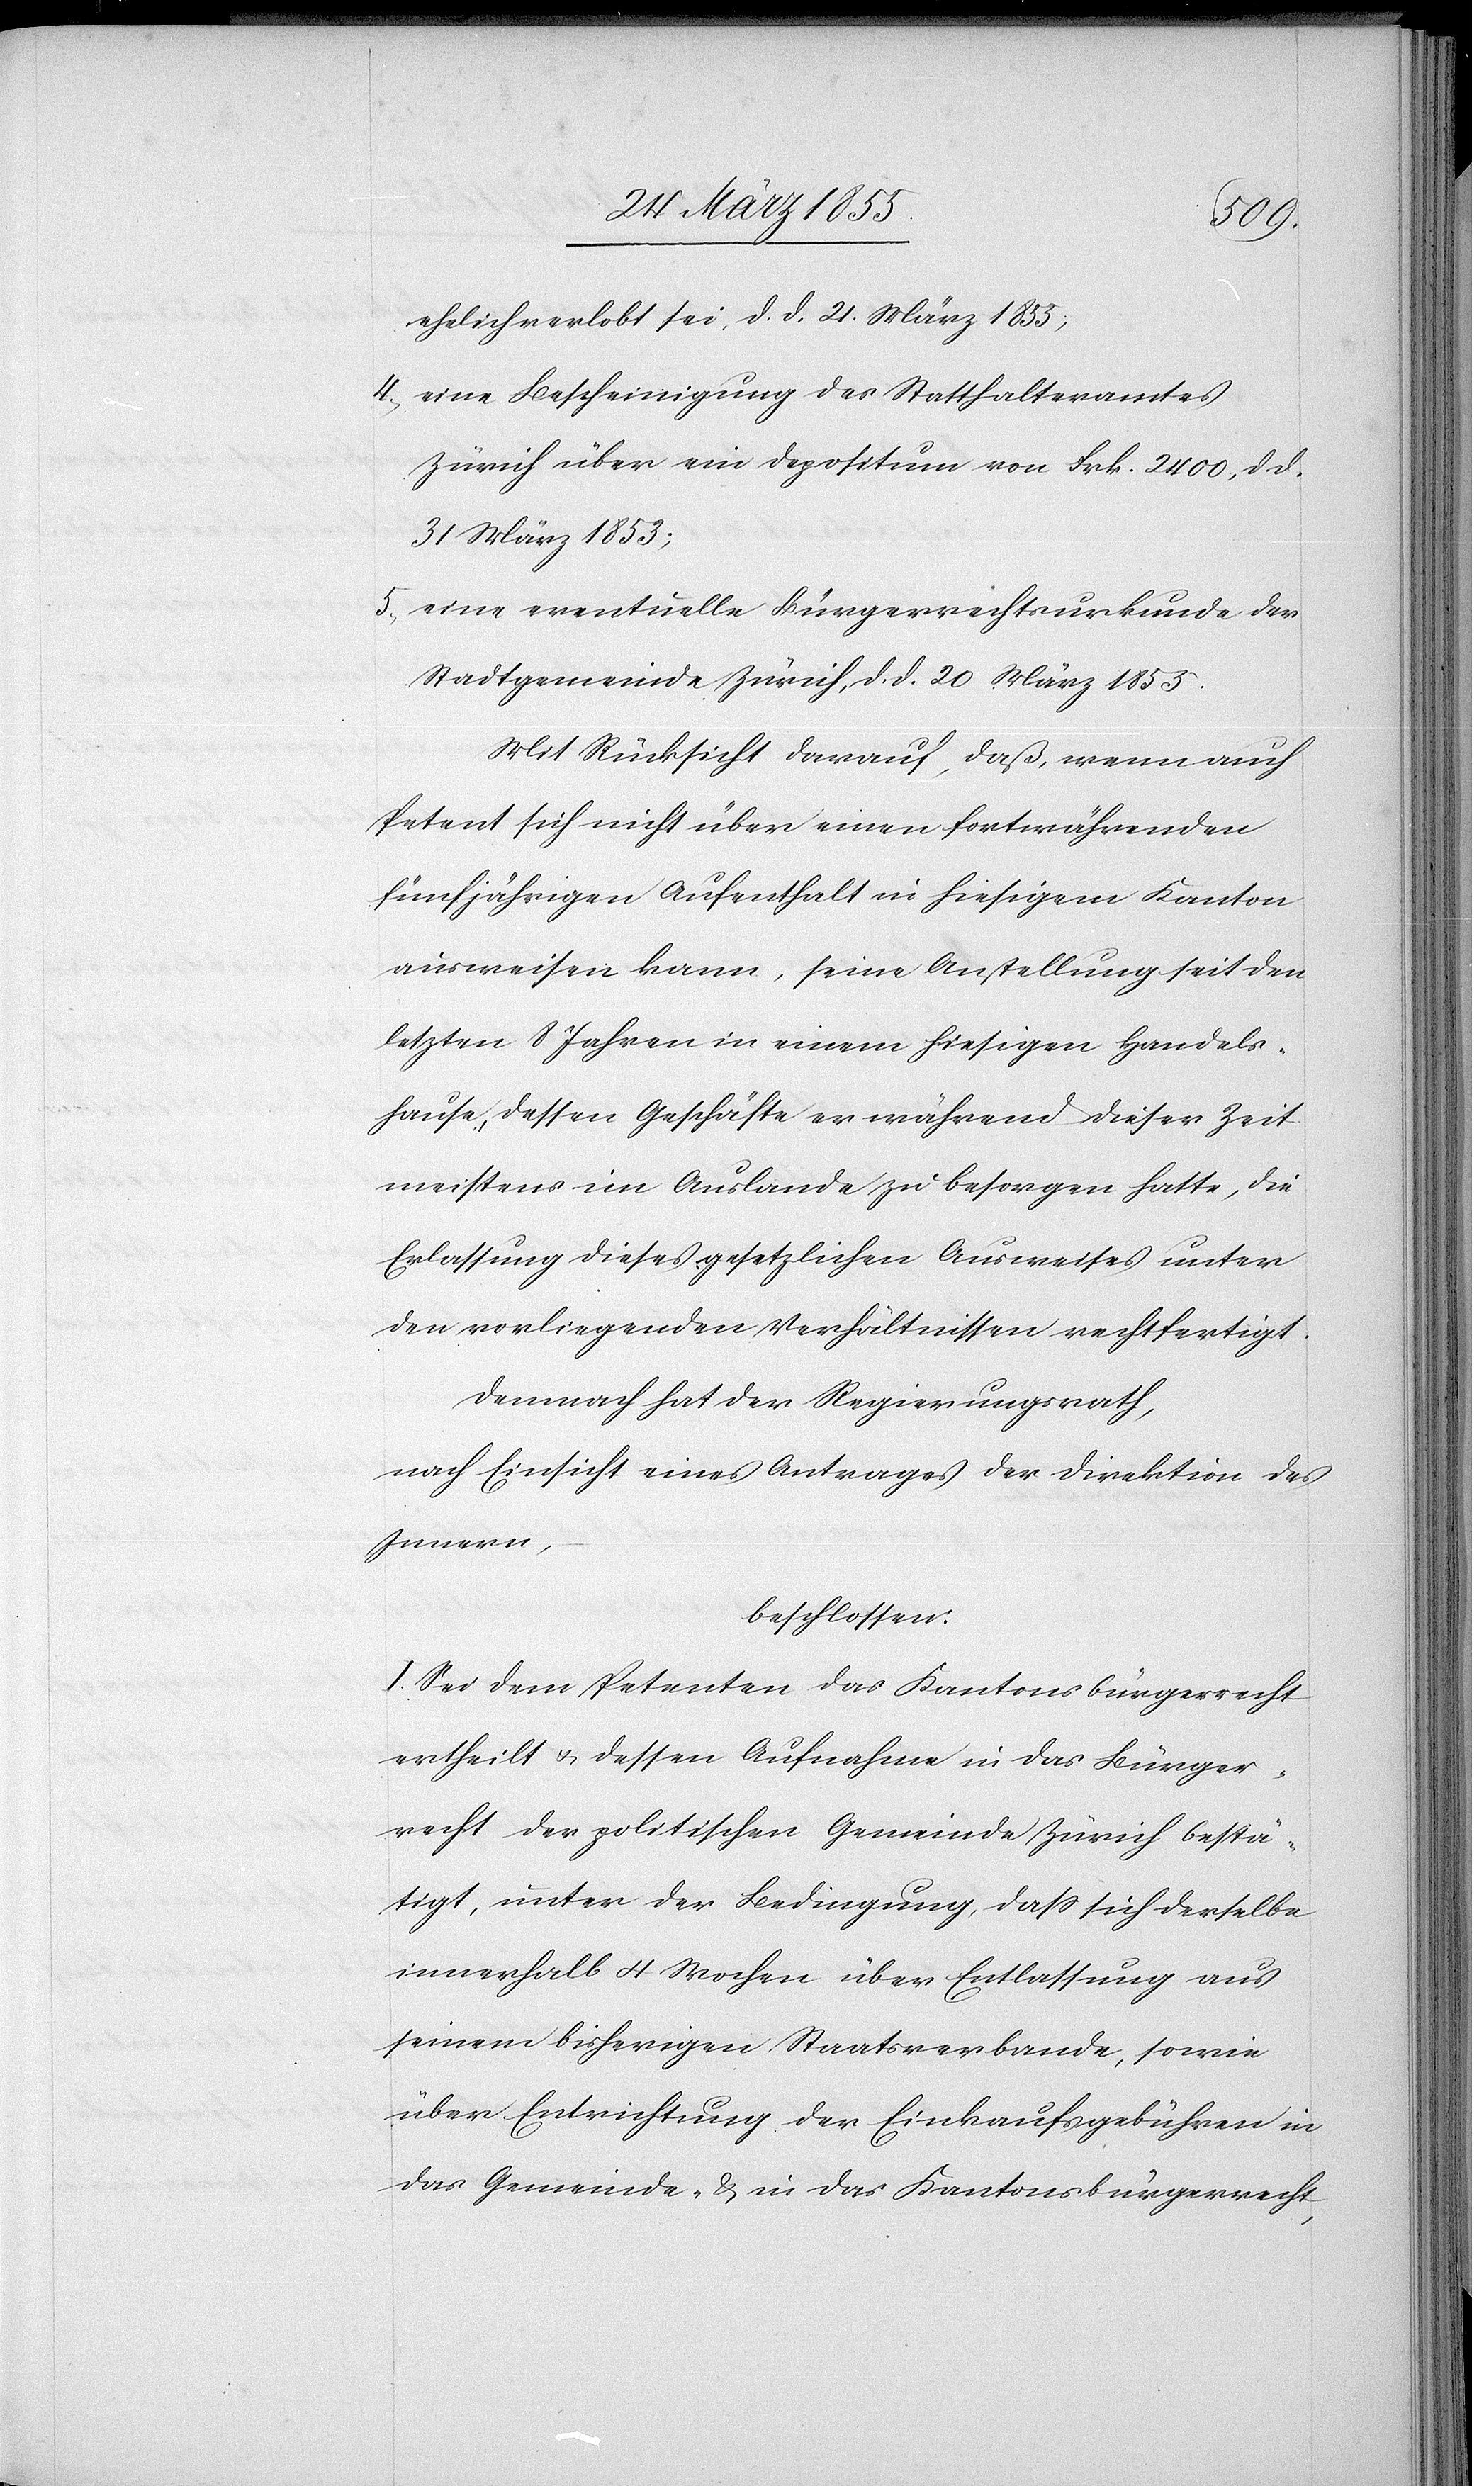
ehelich verlobt sei, d. d. 21. März 1855,
eine Bescheinigung des Statthalteramtes
Zürich über ein Depositum von Frk. 2400, d. d.
31 März 1853;
eine eventuelle Bürgerrechtsurkunde der
Stadtgemeinde Zürich, d. d. 20 März 1855.
Mit Rücksicht darauf, daß, wenn auch
Petent sich nicht über einen fortwährenden
fünfjährigen Aufenthalt in hiesigem Kanton
ausweisen kann, seine Anstellung seit den
letzten 8 Jahren in einem hiesigen Handels¬
hause, dessen Geschäfte er während dieser Zeit
meistens im Auslande zu besorgen hatte, die
Erlassung dieses gesetzlichen Ausweises unter
den vorliegenden Verhältnissen rechtfertigt.
Demnach hat der Regierungsrath,
nach Einsicht eines Antrages der Direktion des
Innern,
beschlossen:
I. Sei dem Petenten das Kantonsbürgerrecht
ertheilt & dessen Aufnahme in das Bürger¬
recht der politischen Gemeinde Zürich bestä¬
tigt, unter der Bedingung, dass sich derselbe
innerhalb 4 Wochen über Entlassung aus
seinem bisherigen Staatsverbande, sowie
über Entrichtung der Einkaufsgebühren in
das Gemeinde- & in das Kantonsbürgerrecht,